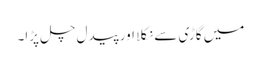
میں گاڑی سے نکلا اور پیدل چل پڑا۔